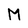
Character: M